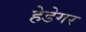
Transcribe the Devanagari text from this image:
हेडेगर